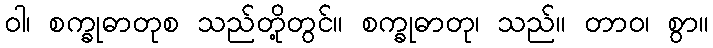
ဝါ၊ စက္ခုဓာတုစ သည်တို့တွင်။ စက္ခုဓာတု၊ သည်။ တာဝ၊ စွာ။